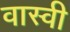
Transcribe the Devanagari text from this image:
वास्वी